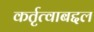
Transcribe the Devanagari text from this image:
कर्तृत्वाबद्दल